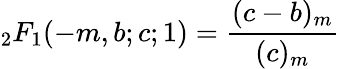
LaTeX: {}_{2}F_{1}(-m,b;c;1)={\frac{(c-b)_{m}}{(c)_{m}}}